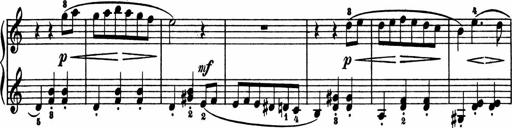
Title: 2 Sonatinen
Composer: Lambertus Adrianus van Tetterode